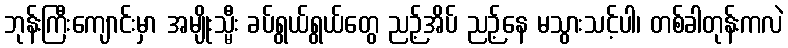
ဘုန်းကြီးကျောင်းမှာ အမျိုးသ္မီး ခပ်ရွယ်ရွယ်တွေ ညဉ့်အိပ် ညဉ့်နေ မသွားသင့်ပါ၊ တစ်ခါတုန်းကလဲ